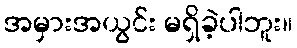
အမှားအယွင်း မရှိခဲ့ပါဘူး။